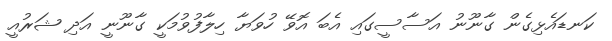
ކަނޑައެޅިގެން ގާނޫނު އަސާސީގައި އެބަ އޮވޭ ހުވަޔާ ހިލާފުވުމަކީ ގާނޫނީ އަދި ޝަރުއީ